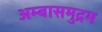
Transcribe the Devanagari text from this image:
अम्बासमुद्रम